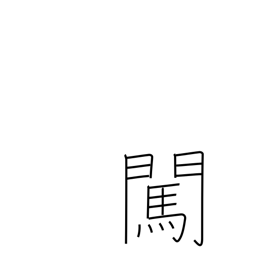
Meaning: inquire about